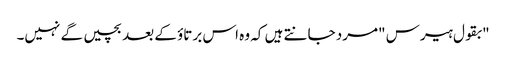
"بقول ہیرس "مرد جانتے ہیں کہ وہ اس برتاؤ کے بعد بچیں گے نہیں۔